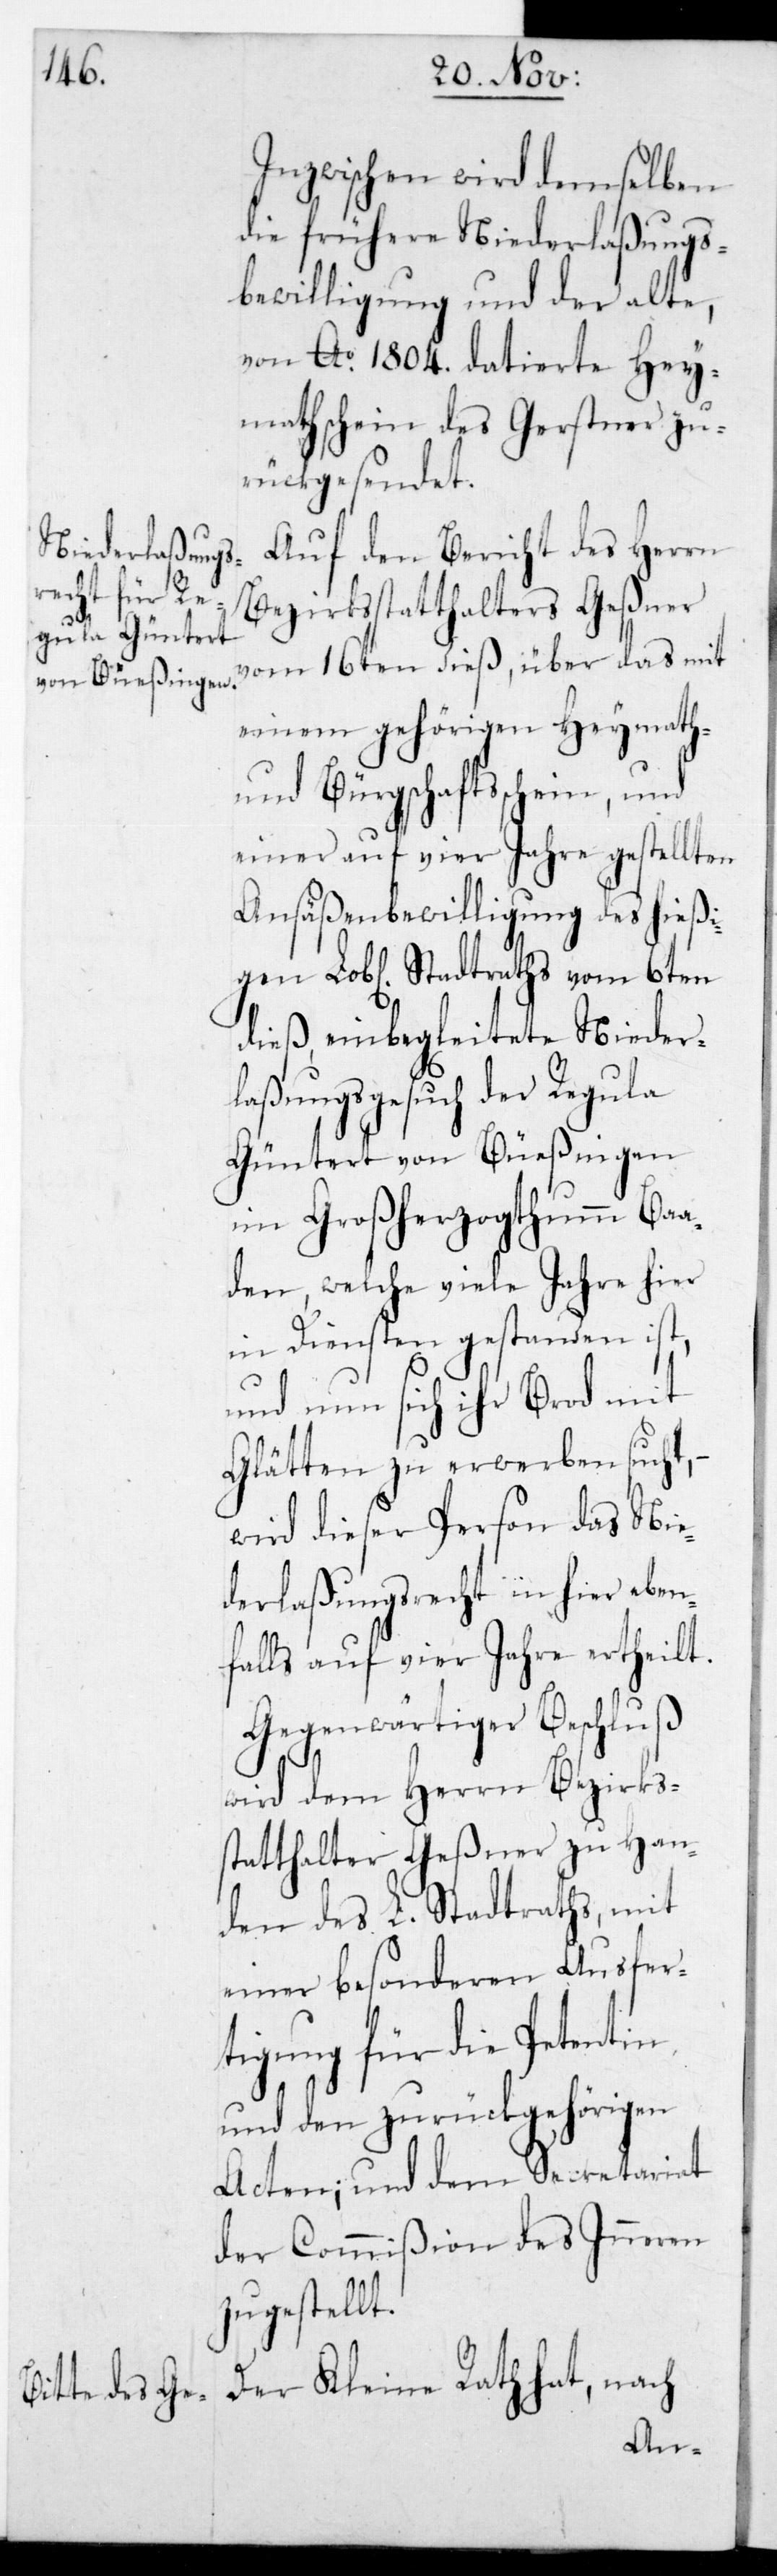
Inzwischen wird demselben
die frühere Niederlaßungs¬
bewilligung und der alte
von Ao 1804. datierte Hey¬
mathschein des Gerstner zu¬
rückgesendet.
Auf den Bericht des Herrn
Bezirksstatthalters Geßner
vom 16ten dieß, über das mit
einem gehörigen Heymath-
und Bürgschaftsschein, und
einer auf vier Jahre gestellten
Ansäßenbewilligung des hießi¬
gen Lobl. Stadtraths vom 6ten
dieß, einbegleitete Nieder¬
laßungsgesuch der Regula
Güntert von Büeßingen
im Großherzogthum Baa¬
den, welche viele Jahre hier
in Diensten gestanden ist,
und nun sich ihr Brot mit
Glätten zu erwerben sucht, –
wird dieser Person das Nie¬
derlaßungsrecht in hier eben¬
falls auf vier Jahre ertheilt.
Gegenwärtiger Beschluß
wird dem Herrn Bezirks¬
statthalter Geßner zu Han¬
den des L. Stadtraths, mit
einer besonderen Ausfer¬
tigung für die Petentin
und den zurückgehörigen
Acten; und dem Secretariat
der Commißion des Inneren
zugestellt.
Der Kleine Rath hat, nach